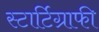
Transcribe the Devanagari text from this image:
स्टार्टिग्राफी